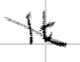
Text: It
Cross-out: diagonal
Writing tool: digital_black